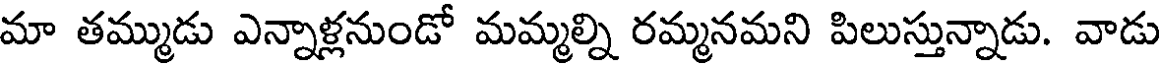
మా తమ్ముడు ఎన్నాళ్లనుండో మమ్మల్ని రమ్మనమని పిలుస్తున్నాడు. వాడు